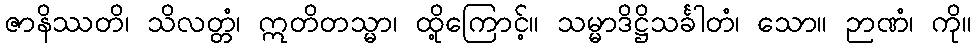
ဇာနိဿတိ၊ သိလတ္တံ၊ ဣတိတသ္မာ၊ ထို့ကြောင့်။ သမ္မာဒိဋ္ဌိသင်္ခါတံ၊ သော။ ဉာဏံ၊ ကို။